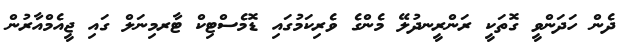
ދެން ހަދަންވީ ގޮތަކީ ރަންރީނދުލޭ މެންގެ ވެރިކަމުގައި ޑޮމެސްޓިކް ޓާރމިނަލް ގައި ޖީއެމްއާރުން